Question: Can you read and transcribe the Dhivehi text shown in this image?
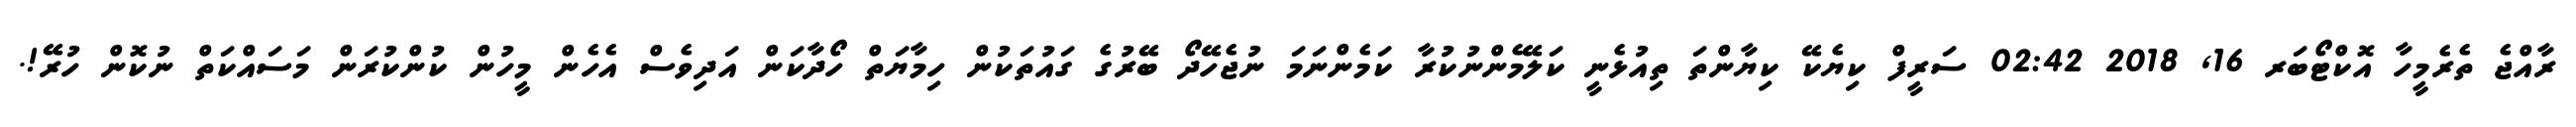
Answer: ރާއްޖެ ތެރެމީހާ އޮކްޓޯބަރ 16, 2018 02:42 ސަރީފް ކިޔެކޭ ކިޔާންތަ ތިއުޅެނީ ކަލޭމެންނުކުރާ ކަމެންނަމަ ނުޖެހޭދޯ ބޭރުގެ ގައުތަކުން ހިމާޔަތް ހޯދާކަން އަދިވެސް އެހެން މީހުން ކުންކުރަން މަސައްކަތް ނުކޮން ހުރޭ!.